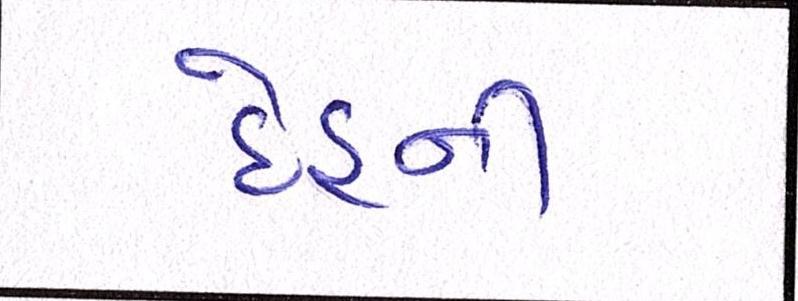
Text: દેહની